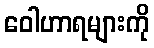
ဝေါဟာရများကို